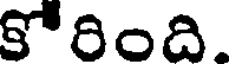
కోరింది.